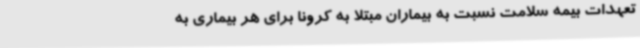
تعهدات بیمه سلامت نسبت به بیماران مبتلا به کرونا برای هر بیماری به